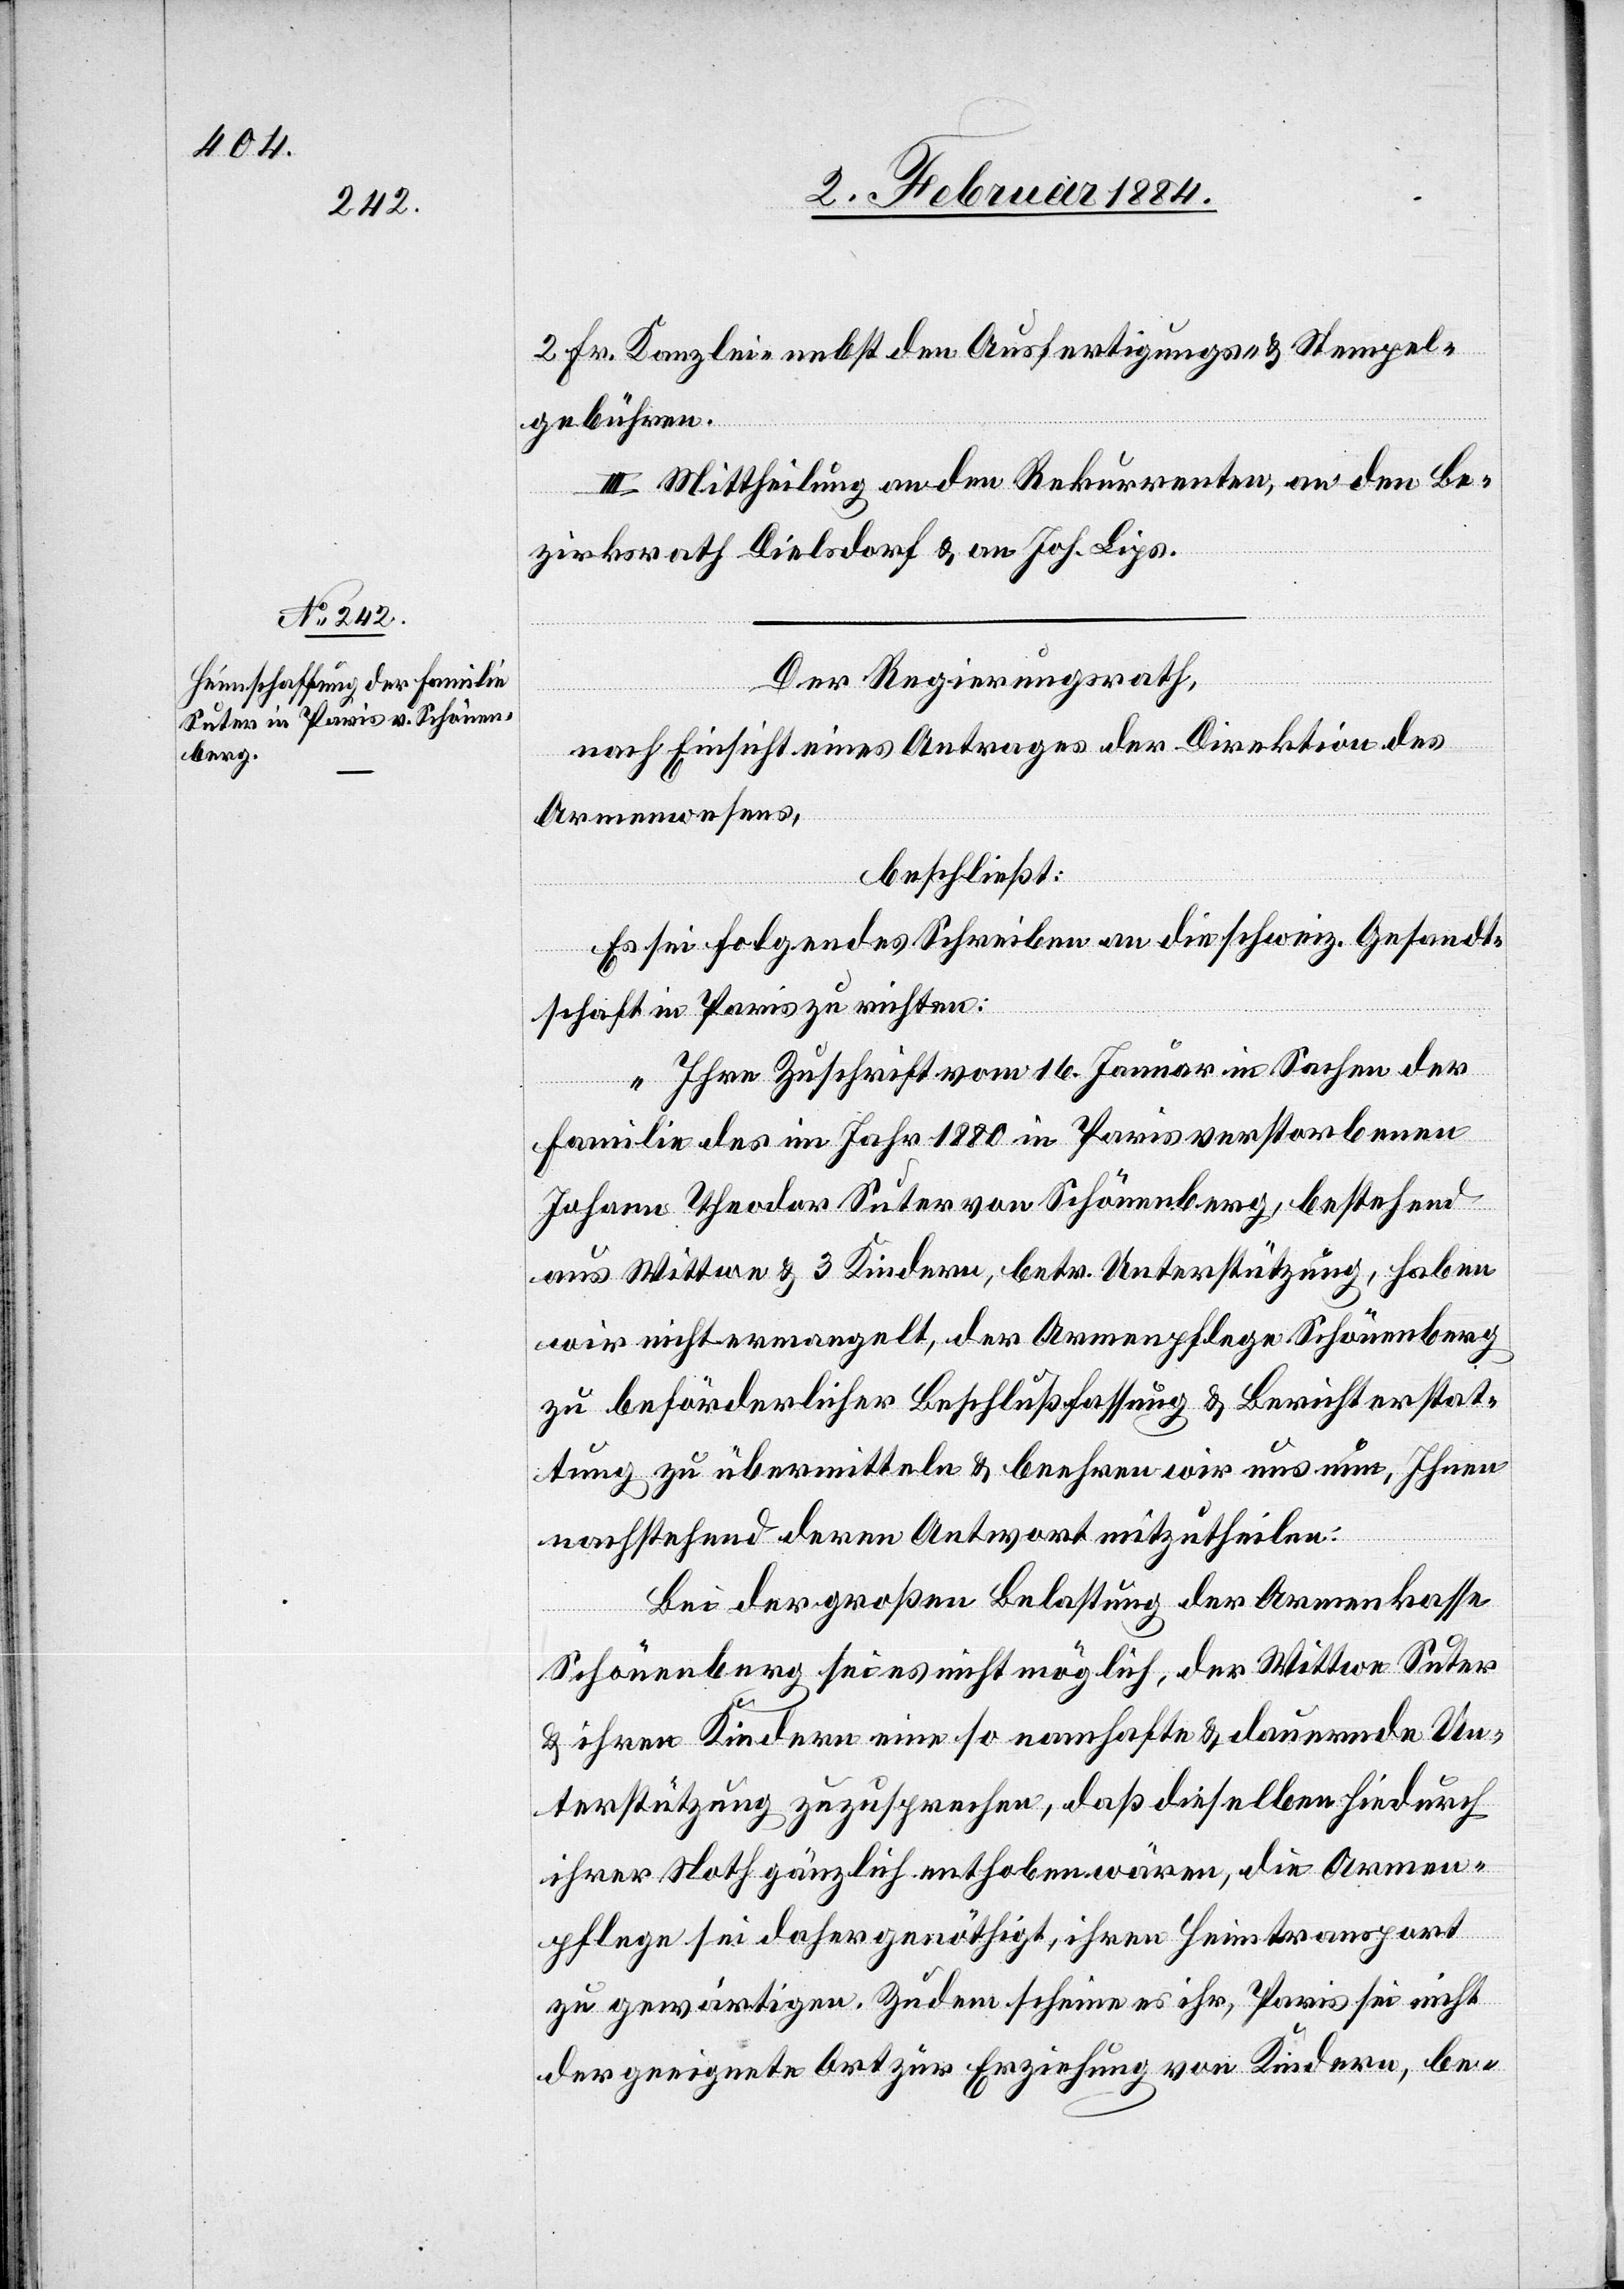
2 Fr. Kanzlei- nebst den Ausfertigungs- & Stempel¬
gebühren.
III. Mittheilung an den Rekurrenten, an den Be¬
zirksrath Dielsdorf & an Joh. Lips.
Der Regierungsrath,
nach Einsicht eines Antrages der Direktion des
Armenwesens,
beschließt:
Es sei folgendes Schreiben an die schweiz. Gesandt¬
schaft in Paris zu richten:
„Ihre Zuschrift vom 16. Januar in Sachen der
Familie des im Jahr 1880 in Paris verstorbenen
Johann Theodor Suter von Schönenberg, bestehend
aus Wittwe & 3 Kindern, betr. Unterstützung, haben
wir nicht ermangelt, der Armenpflege Schönenberg
zu beförderlicher Beschlußfassung & Berichterstat¬
tung zu übermitteln & beehren wir uns nun, Ihnen
nachstehend deren Antwort mitzutheilen:
Bei der großen Belastung der Armenkasse
Schönenberg sei es nicht möglich, der Wittwe Suter
& ihren Kindern eine so namhafte & dauernde Un¬
terstützung zuzusprechen, daß dieselben hiedurch
ihrer Noth gänzlich enthoben wären, die Armen¬
pflege sei daher genöthigt, ihren Heimtransport
zu gewärtigen. Zudem scheine es ihr, Paris sei nicht
der geeignete Ort zur Erziehung von Kindern, be-